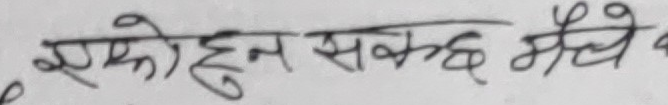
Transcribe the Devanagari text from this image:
एको हुन सक्छ मैले